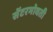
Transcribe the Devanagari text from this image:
सेंटरभोवती